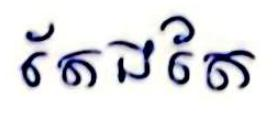
តែងតែ